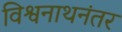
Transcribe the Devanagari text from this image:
विश्वनाथनंतर